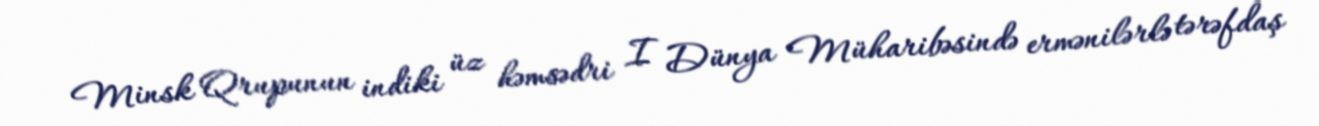
Minsk Qrupunun indiki üz həmsədri I Dünya Müharibəsində ermənilərlə tərəfdaş